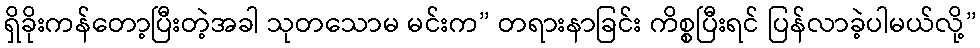
ရှိခိုးကန်တော့ပြီးတဲ့အခါ သုတသောမ မင်းက” တရားနာခြင်း ကိစ္စပြီးရင် ပြန်လာခဲ့ပါမယ်လို့”